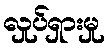
လှုပ်ရှားမှု